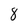
Character: 8